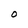
Character: O